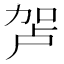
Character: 𰅏